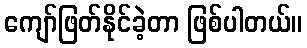
ကျော်ဖြတ်နိုင်ခဲ့တာ ဖြစ်ပါတယ်။